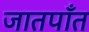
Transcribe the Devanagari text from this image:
जातपाँत